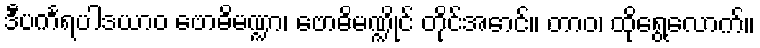
ဒီပင်္ကရပါဒယာဝ ဗောဓိမဏ္ဍာ၊ ဗောဓိမဏ္ဍိုင် တိုင်အောင်။ တာဝ၊ ထိုရွေ့လောက်။